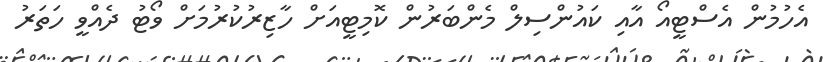
އެހުމުން އެސްޓީއޯ އާއި ކައުންސިލް މެންބަރުން ކޮމިޓީއަށް ހާޒިރުކުރުމަށް ވޯޓު ދެއްވީ ހަތަރު